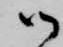
御